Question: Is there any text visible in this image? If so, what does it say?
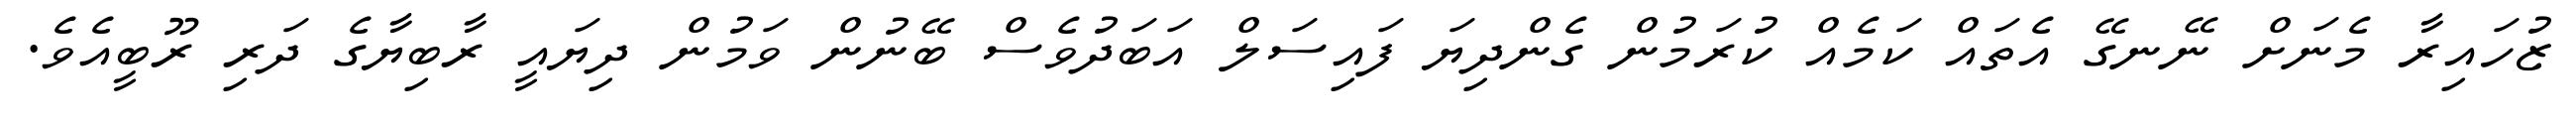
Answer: ޒުހައިރާ މެނަށް ނޭނގޭ އެތައް ކަމެއް ކުރަމުން ގެންދިޔަ ފައިސަލް އަބަދުވެސް ބޭނުން ވަމުން ދިޔައީ ރާބިޔާގެ ދަރި ރޫބީއެވެ.